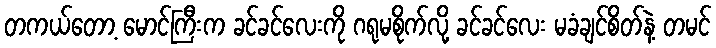
တကယ်တော့ မောင်ကြီးက ခင်ခင်လေးကို ဂရုမစိုက်လို့ ခင်ခင်လေး မခံချင်စိတ်နဲ့ တမင်